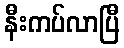
နီးကပ်လာပြီ